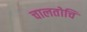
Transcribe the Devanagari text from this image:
चालतोचि